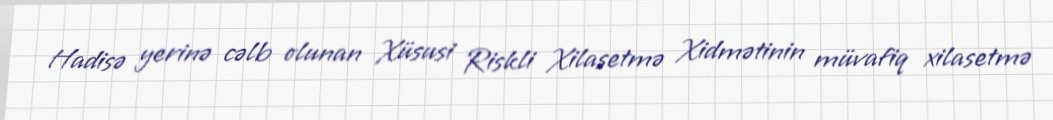
Hadisə yerinə cəlb olunan Xüsusi Riskli Xilasetmə Xidmətinin müvafiq xilasetmə